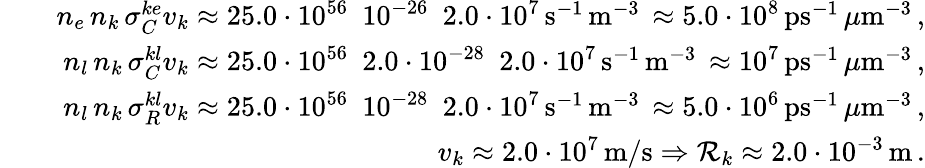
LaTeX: \begin{array}{rlr}&{}&{n_{e}\, n_{k}\, \sigma_{C}^{ke}v_{k}\approx 25.0\cdot 10^{56}\, \, \, 10^{-26}\, \, \, 2.0\cdot 10^{7}\, \mathrm{s}^{-1}\, \mathrm{m}^{-3}\, \approx 5.0\cdot 10^{8}\, \mathrm{ps}^{-1}\, \mu\mathrm{m}^{-3}\, ,}\\ &{}&{n_{l}\, n_{k}\, \sigma_{C}^{kl}v_{k}\approx 25.0\cdot 10^{56}\, \, \, 2.0\cdot 10^{-28}\, \, \, 2.0\cdot 10^{7}\, \mathrm{s}^{-1}\, \mathrm{m}^{-3}\, \approx 10^{7}\, \mathrm{ps}^{-1}\, \mu\mathrm{m}^{-3}\, ,}\\ &{}&{n_{l}\, n_{k}\, \sigma_{R}^{kl}v_{k}\approx 25.0\cdot 10^{56}\, \, \, 10^{-28}\, \, \, 2.0\cdot 10^{7}\, \mathrm{s}^{-1}\, \mathrm{m}^{-3}\, \approx 5.0\cdot 10^{6}\, \mathrm{ps}^{-1}\, \mu\mathrm{m}^{-3}\, ,}\\ &{}&{v_{k}\approx 2.0\cdot 10^{7}\, \mathrm{m/s}\Rightarrow{\cal R}_{k}\approx 2.0\cdot 10^{-3}\, \mathrm{m}\, .}\end{array}